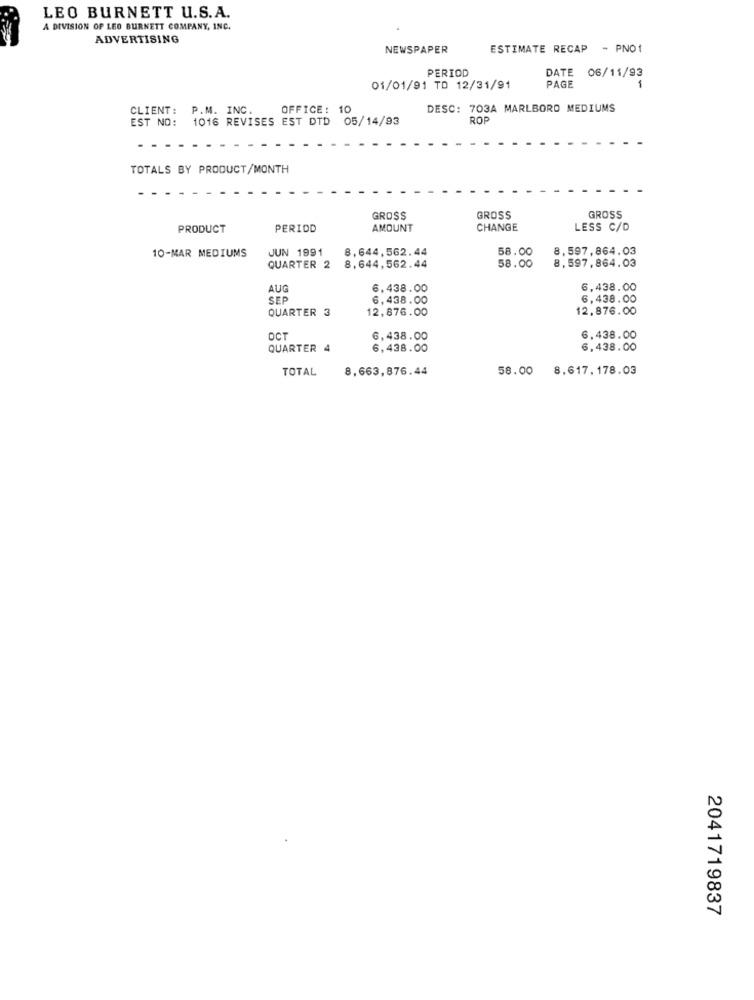
LEO BURNETT U.S.A.
A DIVISION OF LEO BURNETT COMPANY, INC.
ADVERTISING
NEWSPAPER
ESTIMATE RECAP - PNO1
PERIOD
DATE 06/11/93
01/01/91 TD 12/31/91
PAGE
-
CLIENT:
P.M. INC.
OFFICE: 10
DESC: 703A MARLBORO MEDIUMS
EST NO:
1016 REVISES EST DTD 05/14/93
ROP
TOTALS BY PRODUCT/MONTH
GROSS
GROSS
GROSS
PRODUCT
PERIOD
AMOUNT
CHANGE
LESS C/D
JUN 1991
8,644,562.44
58.00
8.597,864.03
10-MAR MEDIUMS
58.00
8.597,864.03
QUARTER 2
8,644,562.44
AUG
6,438.00
6,438.00
SEP
6,438.00
6,438.00
QUARTER 3
12,876.00
12.876.00
OCT
6,438.00
6.438.00
QUARTER 4
6,438.00
6,438.00
TOTAL
8,663,876.44
58.00
8,617,178.03
2041719837